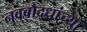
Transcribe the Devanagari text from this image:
नवबौद्धांच्या